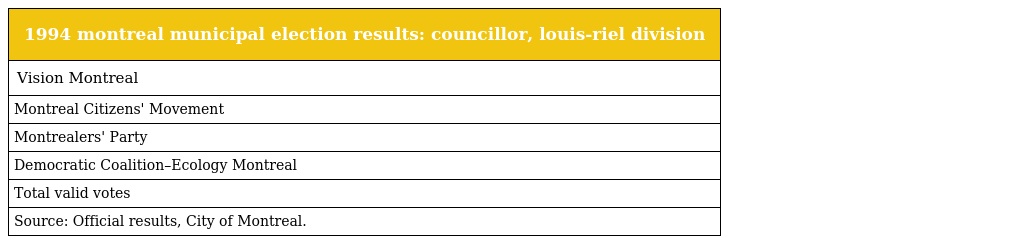
| 1994 montreal municipal election results: councillor, louis-riel division |
 | --- |
 | Vision Montreal |
 | Montreal Citizens' Movement |
 | Montrealers' Party |
 | Democratic Coalition–Ecology Montreal |
 | Total valid votes |
 | Source: Official results, City of Montreal. |